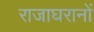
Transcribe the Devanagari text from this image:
राजाघरानों